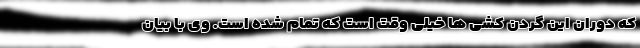
که دوران این گردن کشی ها خیلی وقت است که تمام شده است. وی با بیان